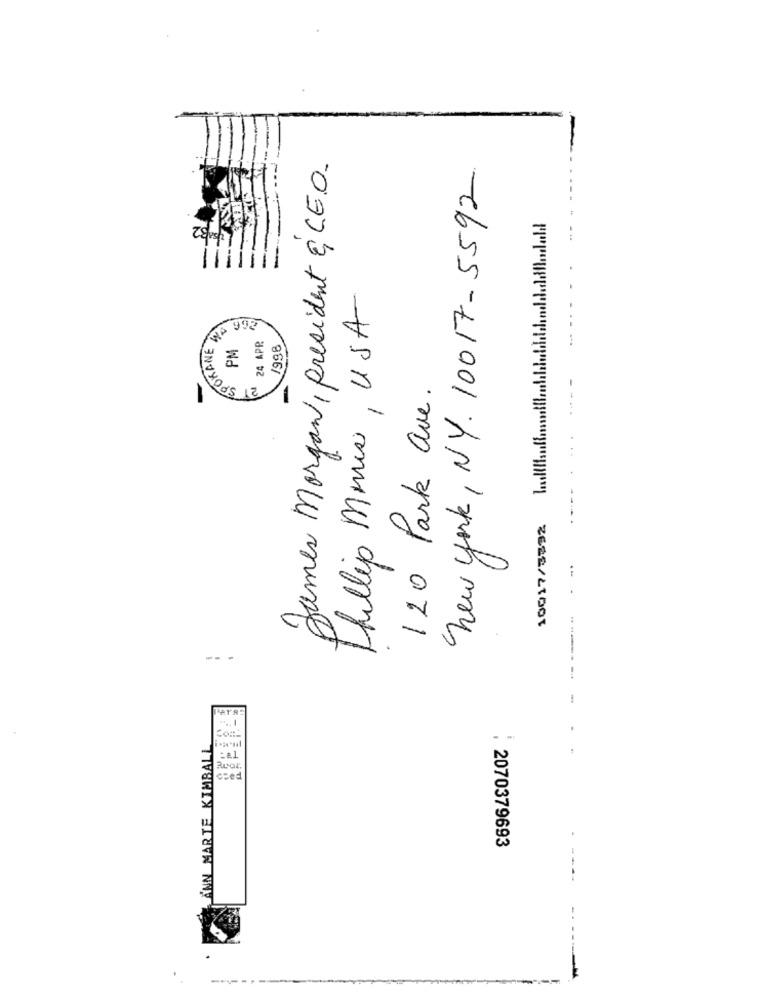
James Morgan, president & C.E.O.
new york, NY. 10017-5592
Thillip Morris , USA
EPOKANE WE
992
PM
24 APR
1998
21 S
120 Park ave.
10017/3852 Illhulmil1
---
-
ANN MARTE KIMBALL
Rear.
czed
:2070379693